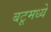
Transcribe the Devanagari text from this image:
बटूमध्ये